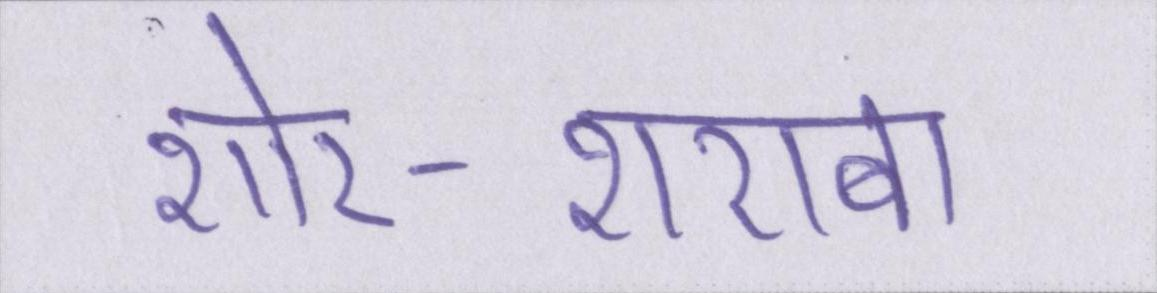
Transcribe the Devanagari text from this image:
शोर-शराबा